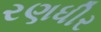
રણધીર